Leaving Certificate Examination (including Day School Certificate (Higher) General paper), 1937
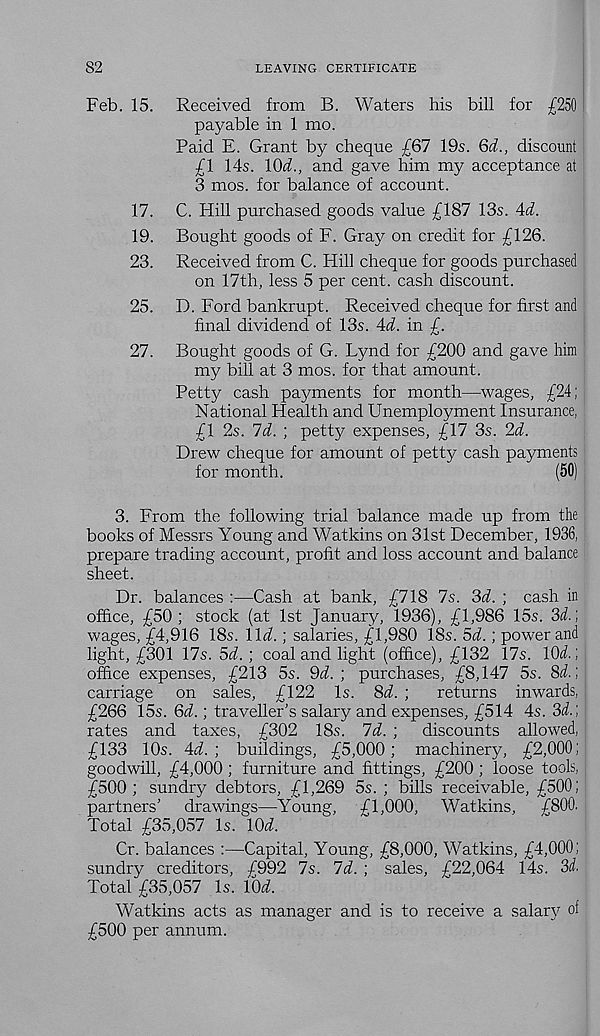
LEAVING CERTIFICATE
Received from B. Waters his bill for £250
payable in 1 mo.
Paid E. Grant by cheque £67 19s. 6d., discount
£1 14s. KM., and gave him my acceptance at
3 mos. for balance of account.
C. Hill purchased goods value £187 13s. 4d.
Bought goods of F. Gray on credit for £126.
Received from C. Hill cheque for goods purchased
on 17th, less 5 per cent, cash discount.
D. Ford bankrupt. Received cheque for first and
final dividend of 13s. Ad. in £.
Bought goods of G. Lynd for £200 and gave him
my bill at 3 mos. for that amount.
Petty cash payments for month—wages, £24;
National Health and Unemployment Insurance,
£1 2s. Id. ; petty expenses, £17 3s. 2d.
Drew cheque for amount of petty cash payments
for month.
(50)
3. From the following trial balance made up from the
books of Messrs Young and Watkins on 31st December, 1936,
prepare trading account, profit and loss account and balance
sheet.
Dr. balances :—Cash at bank, £718 7s. 3d. ; cash in
office, £50; stock (at 1st January, 1936), £1,986 15s. 2>d.)
wages, £4,916 18s. lid.; salaries, £1,980 18s. 5d.; power and
light, £301 17s. 5d. ; coal and light (office), £132 17s. lOd.;
office expenses, £213 5s. 9d. ; purchases, £8,147 5s. 8d.;
carriage on sales, £122 Is. 8d. ;
returns inwards,
£266 15s. 6d.; traveller's salary and expenses, £514 4s. 3d.]
rates and taxes, £302 18s. Id. ;
discounts allowed,
£133 10s. 4d. ; buddings, £5,000; machinery, £2,000;
goodwill, £4,000; furniture and fittings, £200 ; loose tools,
£500; sundry debtors, £1,269 5s. ; bills receivable, £500;
partners’
drawings—Young,
£1,000, Watkins,
£800.
Total £35,057 Is. lOd.
Cr. balances :—Capital, Young, £8,000, Watkins, £4,000;
sundry creditors, £992 7s. Id. ; sales, £22,064 14s. 3d.
Total £35,057 Is. 10d.
Watkins acts as manager and is to receive a salary of
£500 per annum.
82
Feb. 15.
17.
19.
23.
25.
27.